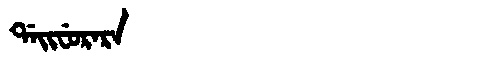
Manchu: ᡩᠠᡳᠸᡠᡵᠠᡵᠠ
Romanization: DAIFURARA